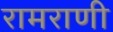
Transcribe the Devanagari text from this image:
रामराणी